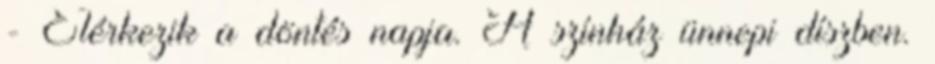
- Elérkezik a döntés napja. A színház ünnepi díszben.